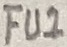
Text: FU2